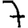
Digit: 7